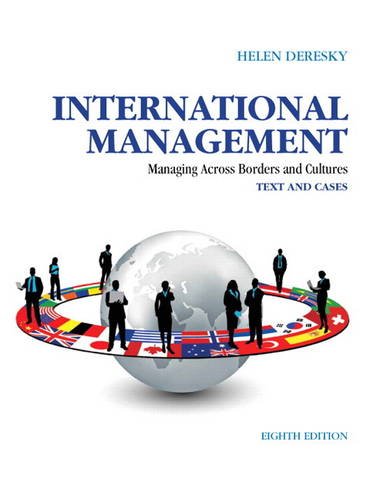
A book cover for International Management: Managing Across Borders and Cultures, Text and Cases (8th Edition); Helen Deresky; Business & Money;